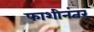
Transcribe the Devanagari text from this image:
फाशीनंतर